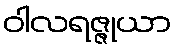
ဝါလရဇ္ဇုယာ